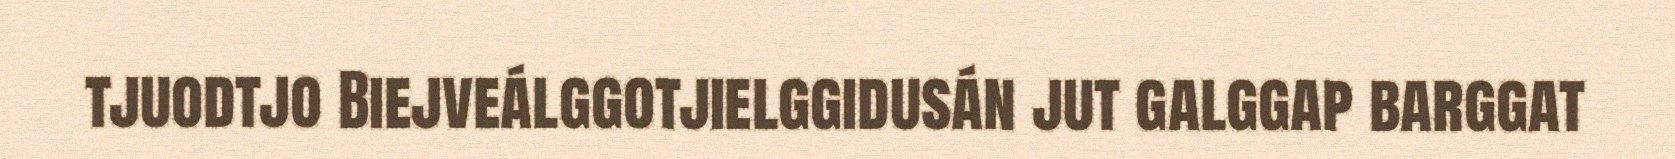
tjuodtjo Biejveálggotjielggidusán jut galggap barggat